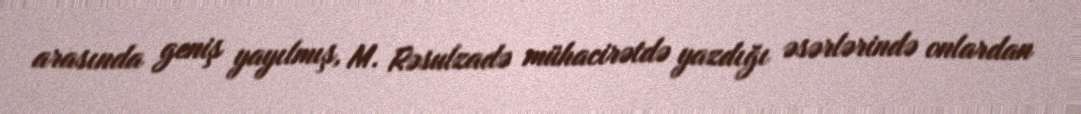
arasında geniş yayılmış, M. Rəsulzadə mühacirətdə yazdığı əsərlərində onlardan